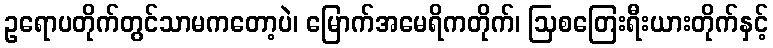
ဥရောပတိုက်တွင်သာမကတော့ပဲ၊ မြောက်အမေရိကတိုက်၊ ဩစတြေးရီးယားတိုက်နှင့်